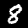
Digit: 8